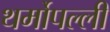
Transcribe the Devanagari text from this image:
थर्मोपल्ली